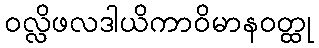
ဝလ္လိဖလဒါယိကာဝိမာနဝတ္ထု